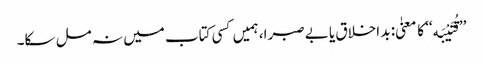
’’قُتَیْبَه‘‘ کا معنیٰ: بد اخلاق یا بے صبرا، ہمیں کسی کتاب میں نہ مل سکا۔